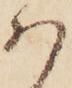
ハ